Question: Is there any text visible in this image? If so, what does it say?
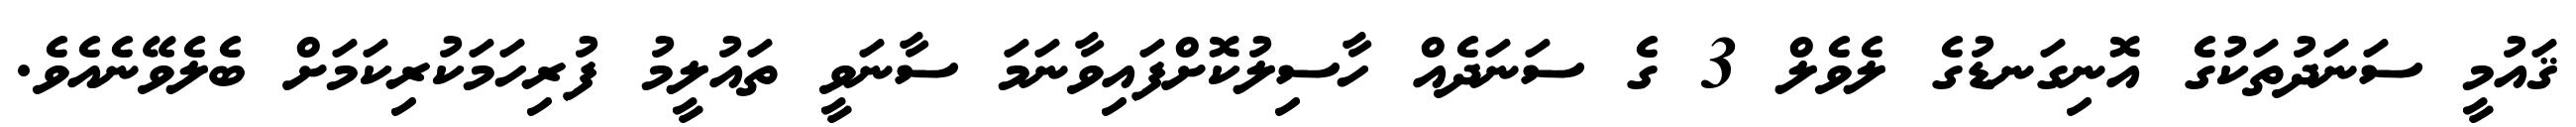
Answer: ޤައުމީ ސަނަދުތަކުގެ އޮނިގަނޑުގެ ލެވެލް 3 ގެ ސަނަދެއް ހާސިލުކޮށްފައިވާނަމަ ސާނަވީ ތައުލީމު ފުރިހަމަކުރިކަމަށް ބެލެވޭނެއެވެ.